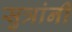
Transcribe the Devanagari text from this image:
सुत्रांनी